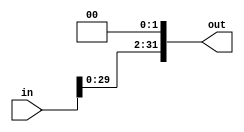
module leftshift2#(parameter W = 32)
	(
		input [W-1:0] in,
		output reg [31:0] out
	);

	always@(*)
		begin
			out = 32'h00000000;
			out = in<<2;
		end

endmodule